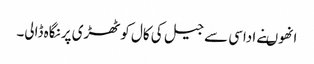
انھوںنے اداسی سے جیل کی کال کوٹھڑی پر نگاہ ڈالی۔